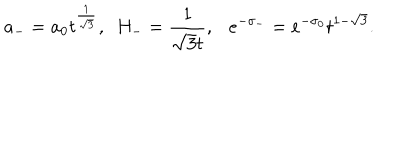
a _ { - } = a _ { 0 } t ^ { \frac { 1 } { \sqrt { 3 } } } , ~ ~ H _ { - } = \frac { 1 } { \sqrt { 3 } t } , e ^ { - \sigma _ { - } } = e ^ { - \sigma _ { 0 } } t ^ { 1 - \sqrt { 3 } } .